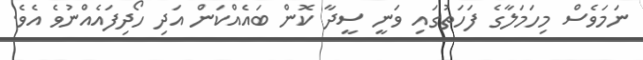
ނަމަވެސް މިހަމަލާގެ ފަހަތުގައި ވަނީ ސީދާ ކޮން ބައެއްކަން އަދި ހޯދިފައެއްނުވެ އެވެ.